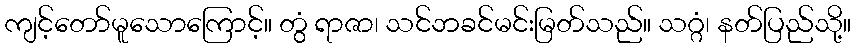
ကျင့်တော်မူသောကြောင့်။ တွံ ရာဇာ၊ သင်ဘခင်မင်းမြတ်သည်။ သဂ္ဂံ၊ နတ်ပြည်သို့။